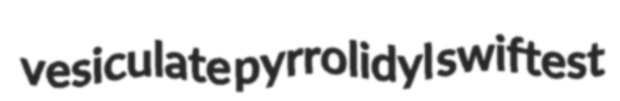
vesiculate pyrrolidyl swiftest